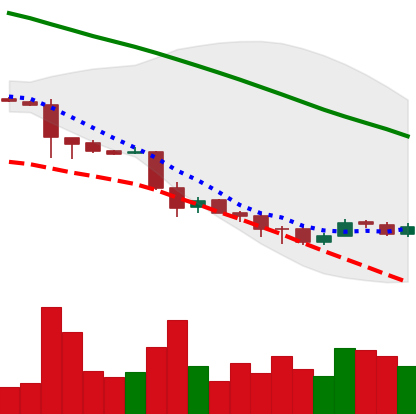
Ticker: ETC-USD
Chart end date: 2018-12-01
Forward return: -27.535%
Label: down_7plus